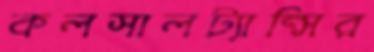
কলসালট্যান্সির